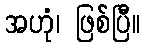
အဟုံ၊ ဖြစ်ပြီ။